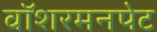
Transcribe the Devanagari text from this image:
वॉशरमनपेट